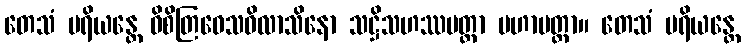
တေသံ ပရိယန္တေ ဝိစိတြဝေသဝိလာသိနော သဋ္ဌိသဟဿမတ္တာ မဟာမတ္တာ။ တေသံ ပရိယန္တေ